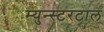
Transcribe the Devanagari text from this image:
म्युन्स्टरटाल